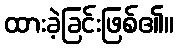
ထားခဲ့ခြင်းဖြစ်၏။